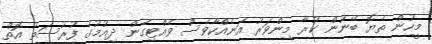
މީހުން ތެޔޮ ބޭނުން ކުރާ މިންވަރު އަނެއްކާވެސް ވެއްޓިގެން ދިއުމުގެ ފުރުސަތު އޮތް